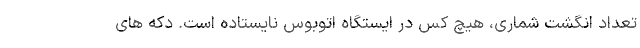
تعداد انگشت شماری، هیچ کس در ایستگاه اتوبوس نایستاده است. دکه های